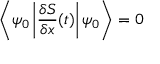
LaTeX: \left\langle \psi _ { 0 } \left| { \frac { \delta S } { \delta x } } ( t ) \right| \psi _ { 0 } \right\rangle = 0